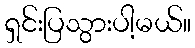
ရှင်းပြသွားပါ့မယ်။